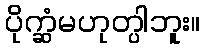
ပိုက္ဆံမဟုတ္ပါဘူး။